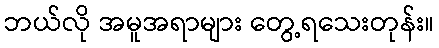
ဘယ်လို အမူအရာများ တွေ့ရသေးတုန်း။